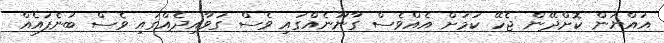
އައްޔަން ކޮށްދޭން ޖެހޭ ކަމަށް އެއްވެސް ގާނޫނެއްގައި ވެސް ގަވާއިދެއްގައި ވެސް ބުނެފައެއް